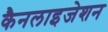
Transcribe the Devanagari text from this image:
कैनलाइजेशन